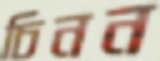
চিনন